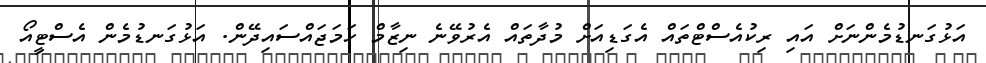
އަޅުގަނޑުމެންނަށް އައި ރިކުއެސްޓްތައް އެގަޑިއަށް މުދާތައް އެރުވޭނެ ނިޒާމް ހަމަޖައްސައިދޭން. އަޅުގަނޑުމެން އެސްޓީއޯ